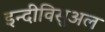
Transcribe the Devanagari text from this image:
इन्दीविसुअल